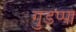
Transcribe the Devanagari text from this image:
गुडप्पा